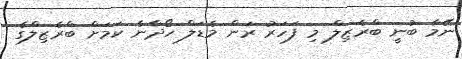
ނޭމާ ބުނީ ބްރެޒިލް މި ފަހަރު ރަން މެޑަލް ހޯދާނެ ކަމަށް ބްރެޒިލްގެ